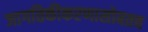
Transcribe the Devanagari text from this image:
जागतिकीकरणासोबतच